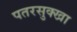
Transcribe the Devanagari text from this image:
पतरसुक्खा